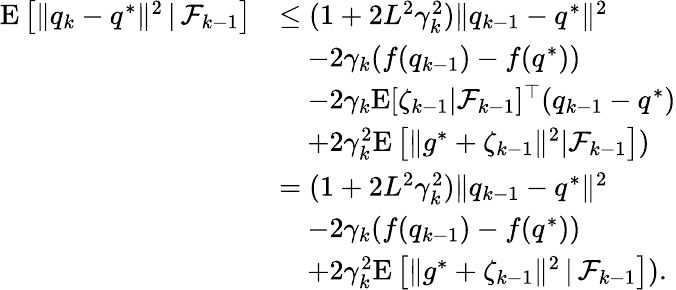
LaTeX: \begin{array}{rl}{\mathrm{E}\left[\| q_{k}-q^{*}\| ^{2}\, |\, \mathcal{F}_{k-1}\right]}&{\leq(1+2L^{2}\gamma_{k}^{2})\| q_{k-1}-q^{*}\| ^{2}}\\ &{\quad-2\gamma_{k}(f(q_{k-1})-f(q^{*}))}\\ &{\quad-2\gamma_{k}\mathrm{E}[\zeta_{k-1}|\mathcal{F}_{k-1}]^{\top}(q_{k-1}-q^{*})}\\ &{\quad+2\gamma_{k}^{2}\mathrm{E}\left[\| g^{*}+\zeta_{k-1}\| ^{2}|\mathcal{F}_{k-1}\right])}\\ &{=(1+2L^{2}\gamma_{k}^{2})\| q_{k-1}-q^{*}\| ^{2}}\\ &{\quad-2\gamma_{k}(f(q_{k-1})-f(q^{*}))}\\ &{\quad+2\gamma_{k}^{2}\mathrm{E}\left[\| g^{*}+\zeta_{k-1}\| ^{2}\, |\, \mathcal{F}_{k-1}\right]).}\end{array}